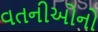
વતનીઓનો